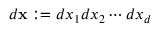
d \mathbf { x } : = d x _ { 1 } d x _ { 2 } \cdots d x _ { d }